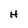
Character: H